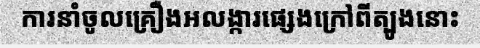
ការនាំចូលគ្រឿងអលង្ការផ្សេងក្រៅពីត្បូងនោះ